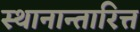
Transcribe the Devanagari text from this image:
स्थानान्तारित्त